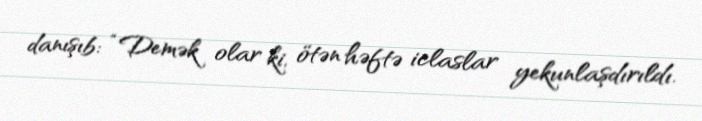
danışıb: “Demək olar ki, ötən həftə iclaslar yekunlaşdırıldı.